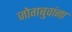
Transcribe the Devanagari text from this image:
जोगबुवांना